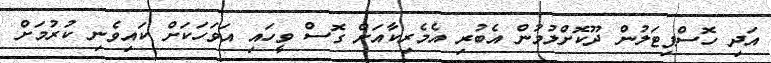
އަދި ހޮސްޕިޓަލުން ދޫކޮށްލުމުން އެބުރި އެމެރިކާއަށް ގޮސް ވީހައި އަވަހަކަށް ކައިވެނި ކުރުމަށް